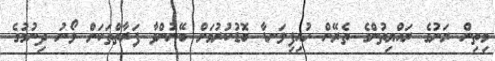
މިތިން ރަށުގެ ރައްޔިތުންގެ ތެރޭން ހުއިފިލަނޑާ ބޮޑުކުރުމަށް ބޭނުންވާ ފަރާތްތަކަށް ލޯނު ދިނުމުގެ